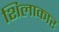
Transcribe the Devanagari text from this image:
शिलाकार